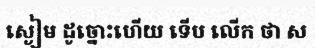
ស្ងៀម ដូច្នោះហើយ ទើប លើក ថា ស